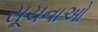
સૂચનાઓ